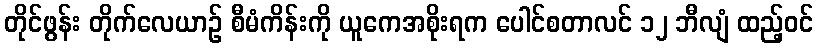
တိုင်ဖွန်း တိုက်လေယာဉ် စီမံကိန်းကို ယူကေအစိုးရက ပေါင်စတာလင် ၁၂ ဘီလျံ ထည့်ဝင်